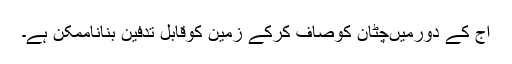
آج کے دورمیںچٹان کوصاف کرکے زمین کوقابل تدفین بناناممکن ہے۔